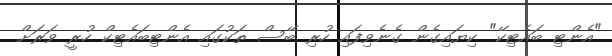
"އެންޓި ބައެޓިކޭ" ކިޔައިގެން ގެނެވިފައި ހުރި ބޭސް ތަކުގައި އެންޓިބައެޓިކް ހުރީ ވަރަށް